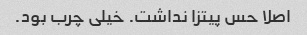
اصلا حس پیتزا نداشت. خیلی چرب بود.